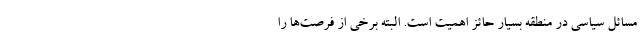
مسائل سیاسی در منطقه بسیار حائز اهمیت است. البته برخی از فرصت‌ها را